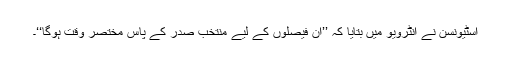
اسٹیونسن نے انٹرویو میں بتایا کہ ’’ان فیصلوں کے لیے منتخب صدر کے پاس مختصر وقت ہوگا‘‘۔